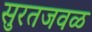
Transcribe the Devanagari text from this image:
सुरतजवळ